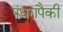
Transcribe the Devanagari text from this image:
पंधरापैकी